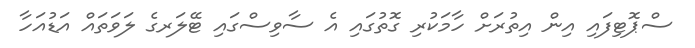
ސްޕޮޓިފައި އިން އިތުރަށް ހާމަކުރި ގޮތުގައި އެ ސާވިސްގައި ޓޭލަރގެ ލަވަތައް އަޑުއަހާ